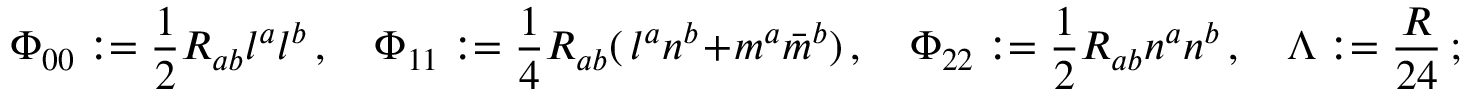
\Phi _ { 0 0 } : = { \frac { 1 } { 2 } } R _ { a b } l ^ { a } l ^ { b } \, , \quad \Phi _ { 1 1 } : = { \frac { 1 } { 4 } } R _ { a b } ( \, l ^ { a } n ^ { b } + m ^ { a } { \bar { m } } ^ { b } ) \, , \quad \Phi _ { 2 2 } : = { \frac { 1 } { 2 } } R _ { a b } n ^ { a } n ^ { b } \, , \quad \Lambda : = { \frac { R } { 2 4 } } \, ;